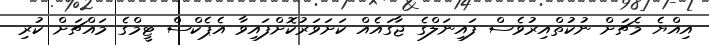
އިއްޔެ މެޗަށް ނުކުތްއިރުވެސް ފައިނަލްގެ ޖާގައެއް ކަށަވަރުކޮށްފައިވާ އެޕެކްސް ޓީމްގެ މައްޗަށް ކުރި